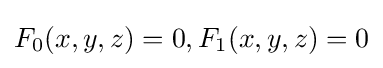
F_{0}(x,y,z)=0,F_{1}(x,y,z)=0